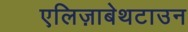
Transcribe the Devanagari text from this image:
एलिज़ाबेथटाउन